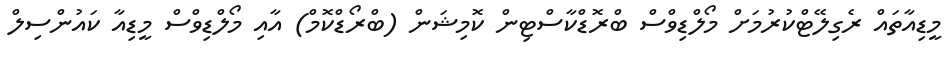
މީޑިއާތައް ރެގިލޭޓްކުރުމަށް މޯލްޑިވްސް ބްރޮޑްކާސްޓިން ކޮމިޝަން (ބްރޯޑްކޮމް) އާއި މޯލްޑިވްސް މީޑިއާ ކައުންސިލް